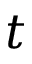
t